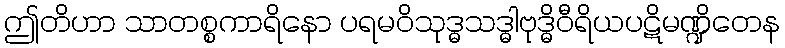
ဤတိဟာ သာတစ္စကာရိနော ပရမဝိသုဒ္ဓသဒ္ဓါဗုဒ္ဓိဝီရိယပဋိမဏ္ဍိတေန